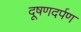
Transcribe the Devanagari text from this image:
दूषणदर्पण